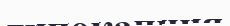
гипокапния